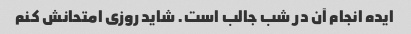
ایده انجام آن در شب جالب است. شاید روزی امتحانش کنم